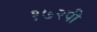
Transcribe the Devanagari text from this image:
१७२पी